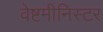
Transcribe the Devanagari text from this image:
वेष्टमीनिस्टर